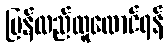
ပြန်လည်ထူထောင်ရန်